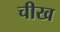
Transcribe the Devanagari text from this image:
चीख